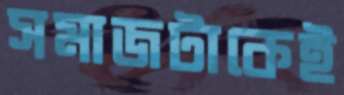
সমাজটাকেই